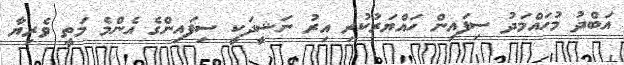
އަބްދު މުހައްމަދު ސިފައިން ހައްޔަރުކުރި އިރު ނަޝީދަކީ ސިފައިންގެ އެންމެ މަތީ ވެރިޔާ